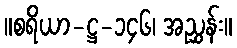
။စရိယာ-ဋ္ဌ-၁၄၆၊ အညွှန်း။